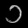
Digit: ၁